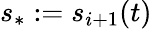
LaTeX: s_{\ast}:=s_{i+1}(t)